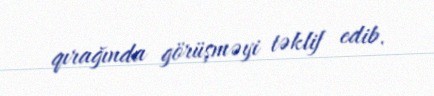
qırağında görüşməyi təklif edib.